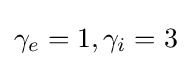
\gamma _{e}=1,\gamma _{i}=3